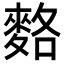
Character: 𪌣